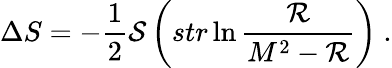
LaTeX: \Delta S=-\frac{1}{2}{\cal S}\left(str\ln\frac{{\cal R}}{M^{2}-{\cal R}}\right)\ .